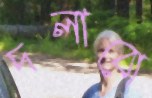
দলাবো